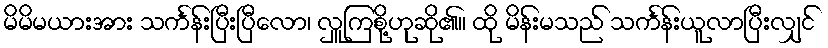
မိမိမယားအား သင်္ကန်းပြီးပြီလော၊ လှူကြစို့ဟုဆို၏။ ထို မိန်းမသည် သင်္ကန်းယူလာပြီးလျှင်